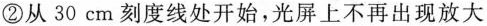
②从30cm刻度线处开始，光屏上不再出现放大